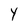
Character: Y